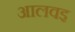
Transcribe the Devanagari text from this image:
आलवइ